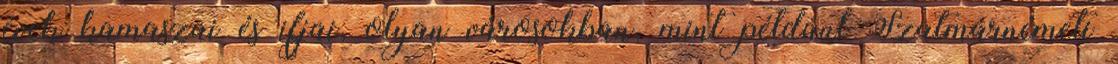
évek kamaszai és ifjai, olyan városokban, mint például Szatmárnémeti